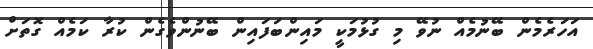
އަހަރެމެން ބޭނުމެއް ނުވޭ މި ގުޅުމަކީ މައިންބަފައިން ބޭނުންވެގެން ކުރާ ކަމެއް ގޮތަށް